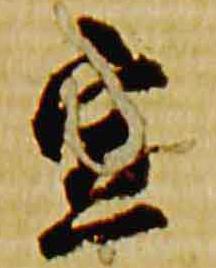
宣